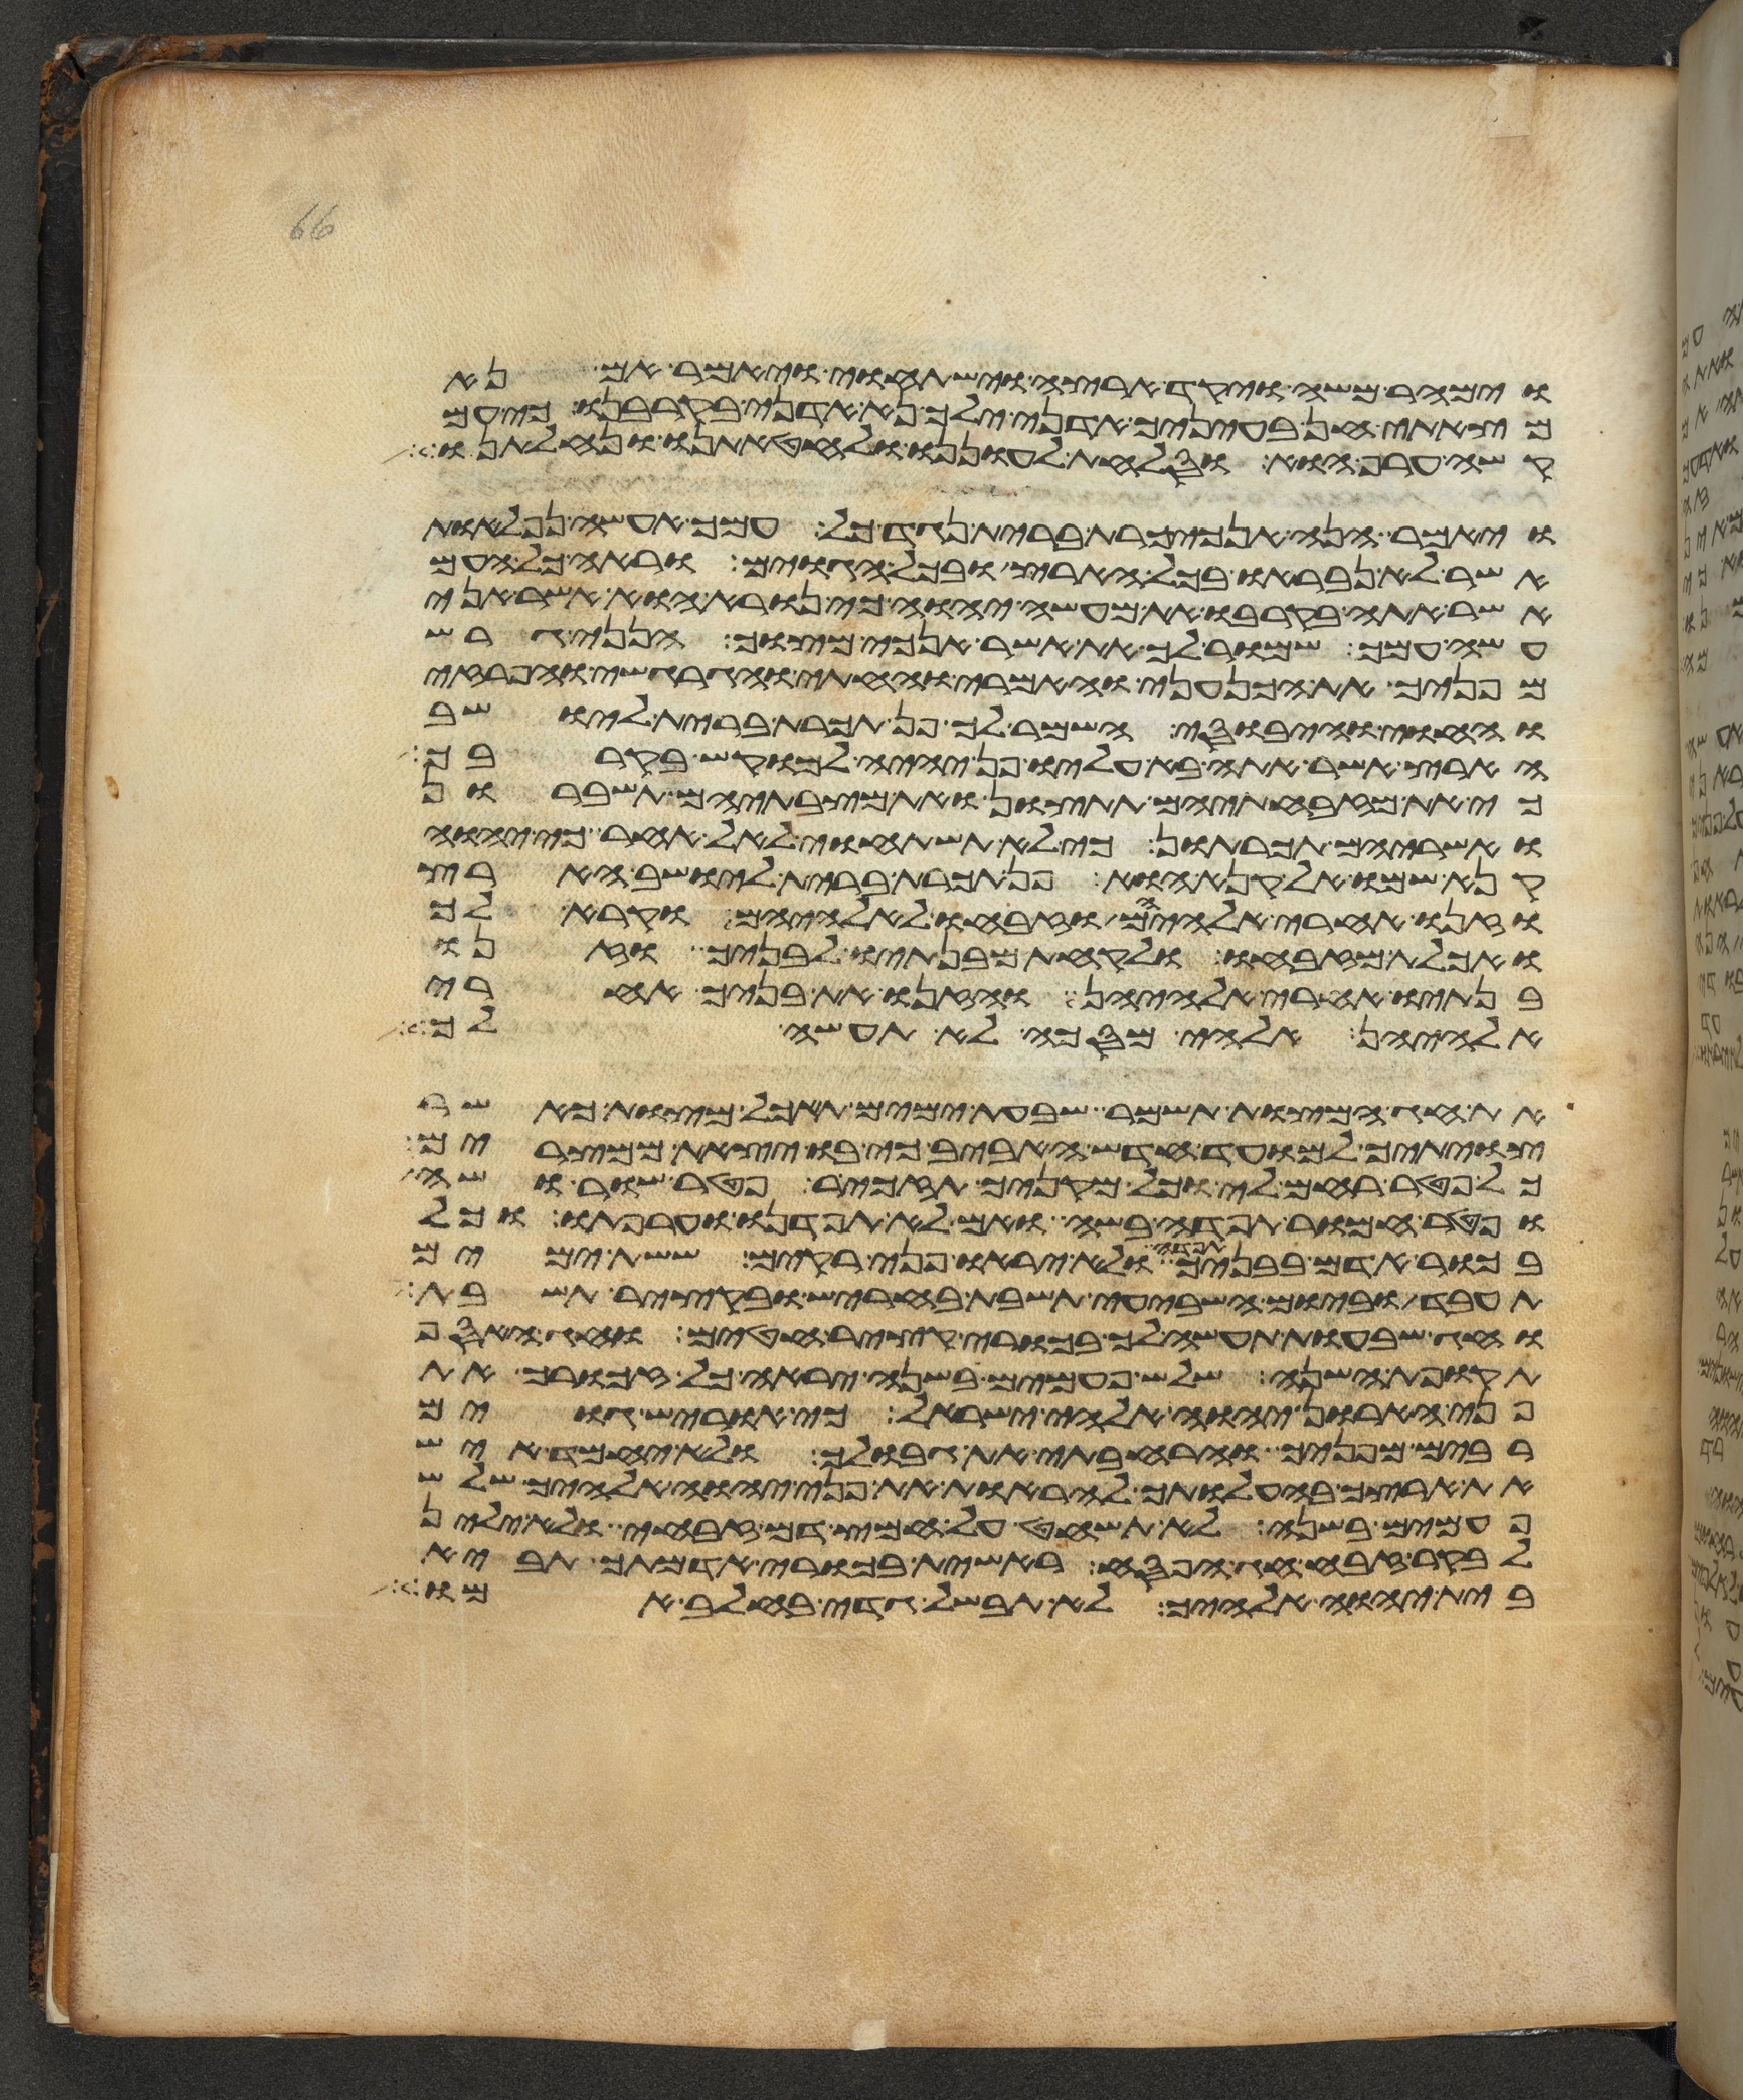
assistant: וימהר משה ויקד ארצה וישתחוי ויאמר אם נא
מצאתי חן בעיניך אדני ילך נא אדני בקרבנו כי עם
קשה ערף הוא וסלחת לעוננו ולחטאתינו ונחלתנו
ויאמר הנה אנכי כרת ברית נגד כל עמך אעשה נפלאות
אשר לא נבראו בכל הארץ ובכל הגוים וראה כל העם
אשר אתה בקרבו את מעשה יהוה כי נורא הוא אשר אני
עשה עמך שמור לך את אשר אנכי מצוך היום הנני גרש
מפניך את הכנעני והאמרי והחתי והגרגשי והפרזי
והחוי והיבוסי השמר לך פן תכרת ברית ליושב
הארץ אשר אתה בא עליו פן יהיה למוקש בקרבך
כי את מזבחתיהם תתצון ומצבתיהם תשברון
ואשריהם תכרתון כי לא תשתחוי לאל אחר כי יהוה
קנא שמו אל קנא הוא פן תכרת ברית ליושב הארץ
וזנו אחרי אלהיהם וזבחו לאלהיהם וקרא לך
ואכלת מזבחו ולקחת מבנתיו לבניך וזנו
בנתיו אחרי אלהיהן והזנו את בניך אחרי
אלהיהן אלהי מסכה לא תעשה לך
את חג המצות תשמר שבעת ימים תאכל מצות כאשר
צויתיך למועד חדש האביב כי בו יצאת ממצרים
כל פטר רחם לי וכל מקניך תזכיר פטר שור ושה
ופטר חמור תפדה בשה ואם לא תפדנו וערפתו וכל
בכור אדם בבניך תפדה ולא יראו פני רקים ששת ימים
תעבד וביום השביעי תשבת בחריש ובקציר תשבת
וחג שבעות תעשה לך בכורי קציר חטים וחג האסף
תקופת השנה שלש פעמים בשנה יראה כל זכורך את
פני הארון יהוה אלהי ישראל כי אוריש גוים
רבים מפניך והרחבתי את גבולך ולא יחמד איש
את ארצך בהעלותך להראות את פני יהוה אלהיך שלש
פעמים בשנה לא תשחט על חמץ דם זבחי ולא ילין
לבקר זבח חג הפסח ראשית בכורי אדמתך תביא
בית יהוה אלהיך לא תבשל גדי בחלב אמו